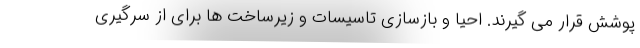
پوشش قرار می گیرند. احیا و بازسازی تاسیسات و زیرساخت ها برای از سرگیری